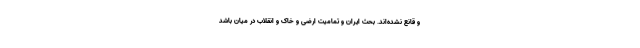
و قانع نشده‌اند. بحث ایران و تمامیت ارضی و خاک و انقلاب در میان باشد